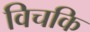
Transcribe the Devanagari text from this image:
विचकि